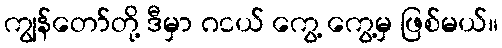
ကျွန်တော်တို့ ဒီမှာ ဂငယ် ကွေ့ ကွေ့မှ ဖြစ်မယ်။